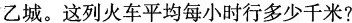
乙城。这列火车平均每小时行多少千米?